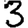
Digit: 3